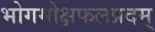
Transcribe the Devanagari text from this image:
भोगमोक्षफलप्रदम्